Leaving Certificate Examination, 1923
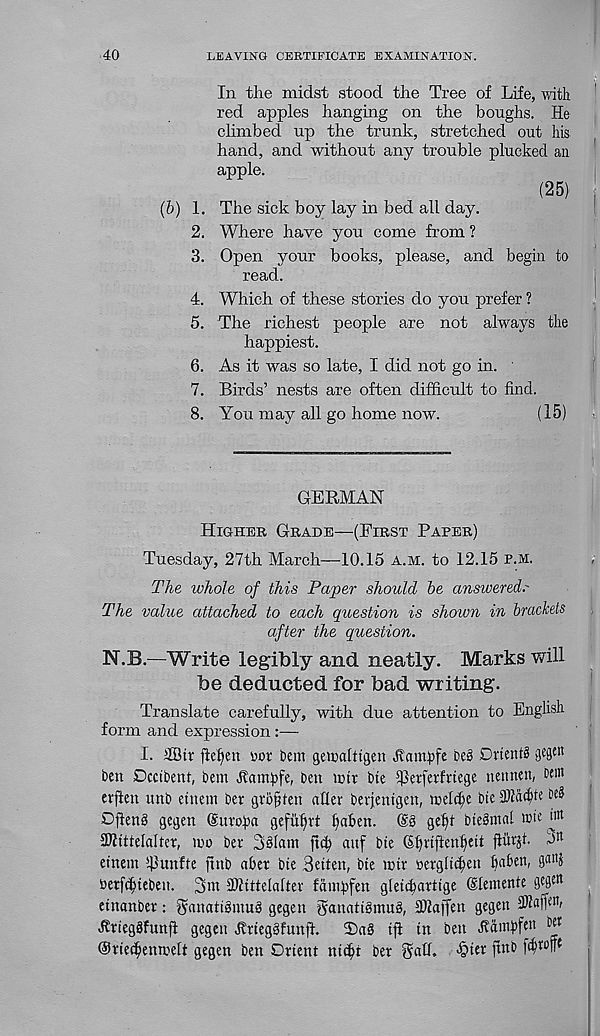
40
LEAVING CERTIFICATE EXAMINATION.
In the midst stood the Tree of Life, with
red apples hanging on the boughs. He
climbed up the trunk, stretched out his
hand, and without any trouble plucked an
apple.
(25)
(b) 1. The sick boy lay in bed all day.
2. Where have you come from ?
3. Open your books, please, and begin to
read.
4. Which of these stories do you prefer ?
5. The richest people are not always the
happiest.
6. As it was so late, I did not go in.
7. Birds’ nests are often difficult to find.
8. You may all go home now.
(15)
GERMAN
Higher Grade—(First Paper)
Tuesday, 27th March—10.15 a.m. to 12.15 p.m.
The ivhole of this Paper should be answered.'
The value attached to each question is shown in brackets
after the question.
N.B.—Write legibly and neatly. Marks will
be deducted for bad writing.
Translate carefully, with due attention to English
form and expression:—
I. 3Btv fiefien dot hem geiualftgen ^vamhfe heS DrtenfS gegtn
ben Dcctbent, hem Jtamhfe, ben mtr bte IHetferfnege nennen, tent
evften unb efnem her gro^fen aUer berjentgen, melche btelDfadhe be?
Often? gegen (gutofxt gefiffftt Ifafcen. (S? gelff bte?mnl reie M
IKittelaltcr, mo her 3?Iam ftc^ anf bte (Sffvtffenlfett ftiirjt 3^
etnem iflunfte jtnb aher bte Betten, bte mtr oergitc^ett haben, 3 atl i
terfi^teben. 3m Skittefafter famhfen giett^arfige Slemente gegen
etnanbet: ganatt?mu? gegen ganatt?mu?, 2J2affen gegett
^riegSfunft gegen Urteggfunff.
2)a? tfi tn ben Jtambfett bet
Ortec^enmelt gegen ben Orient ntdft her ^atf. «§ter finb f^tofft